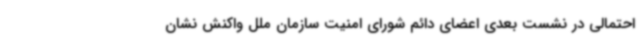
احتمالی در نشست بعدی اعضای دائم شورای امنیت سازمان ملل واکنش نشان